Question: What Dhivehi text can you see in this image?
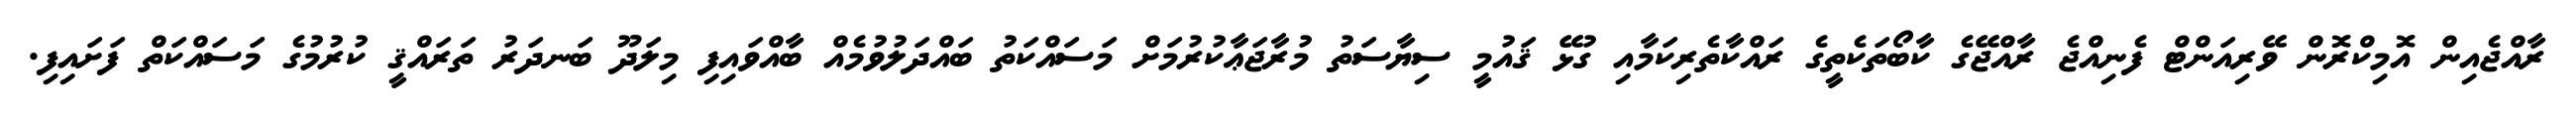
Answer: ރާއްޖެއިން އޮމިކްރޮން ވޭރިއަންޓް ފެނިއްޖެ ރާއްޖޭގެ ކާބޯތަކެތީގެ ރައްކާތެރިކަމާއި ގުޅޭ ޤައުމީ ސިޔާސަތު މުރާޖަޢާކުރުމަށް މަސައްކަތު ބައްދަލުވުމެއް ބާއްވައިފި މިލަދޫ ބަނދަރު ތަރައްޤީ ކުރުމުގެ މަސައްކަތް ފަށައިފި.